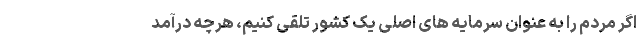
اگر مردم را به عنوان سرمایه های اصلی یک کشور تلقی کنیم، هرچه درآمد